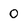
Character: 0